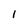
Character: l